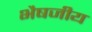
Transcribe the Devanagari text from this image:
भैषजीय